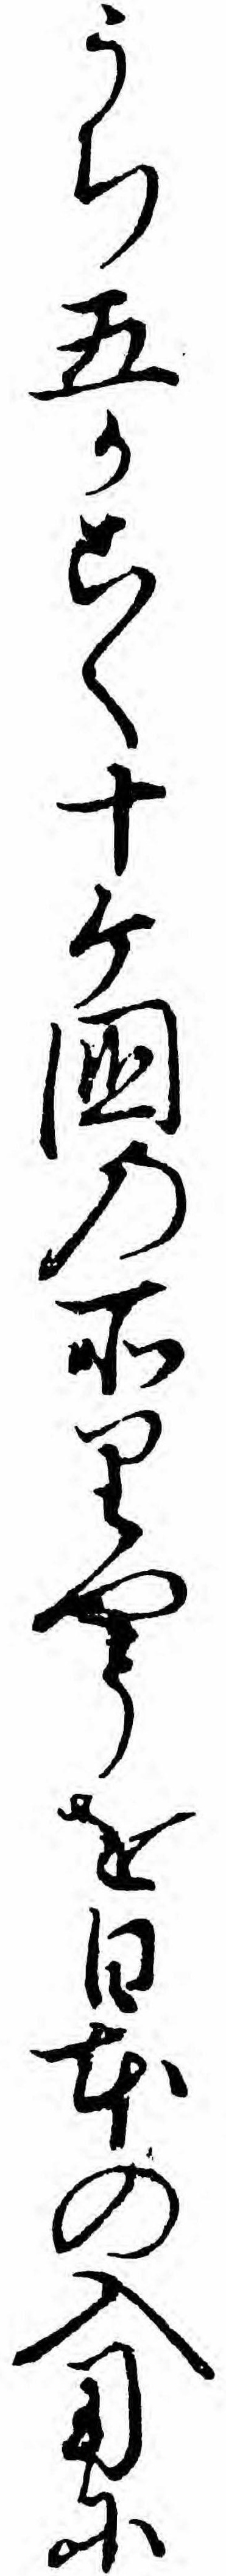
うち五かこく十ケ国の所りやうを日本の入用に